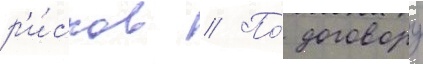
р'и́сков // По́ договору